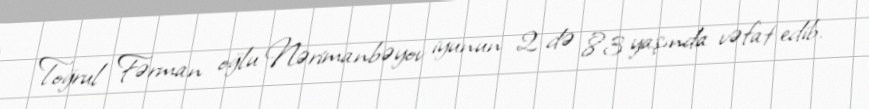
Toğrul Fərman oğlu Nərimanbəyov iyunun 2-də 83 yaşında vəfat edib.